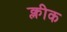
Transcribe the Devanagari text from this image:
क्लीक